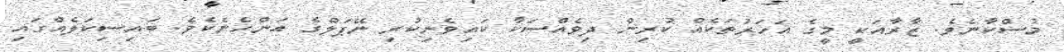
މުސްކާނެވެ. ޒާރާއަކީ މީގެ އަހަރުތަކެއް ކުރިން ދިވެއްސަކާ ކައިވެނިކުރި ނޭޕަލްގެ އަންހެނެކެވެ. ބައިސިކަލެއްގައި